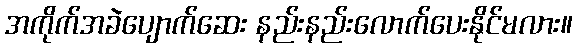
အကိုက်အခဲပျောက်ဆေး နည်းနည်းလောက်ပေးနိုင်မလား။